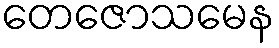
တေဇောသမေန